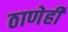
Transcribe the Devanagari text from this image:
ठाणेही